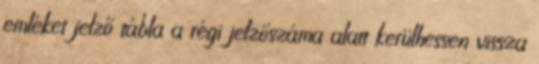
emléket jelző tábla a régi jelzőszáma alatt kerülhessen vissza